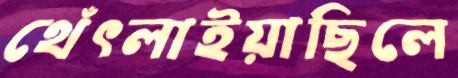
থেঁৎলাইয়াছিলে